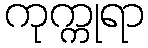
ကုက္ကုရာ